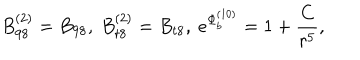
B _ { 9 8 } ^ { ( 2 ) } = B _ { 9 8 } , ~ B _ { t 8 } ^ { ( 2 ) } = B _ { t 8 } , ~ e ^ { { \Phi } _ { b } ^ { ( 1 0 ) } } = { { 1 + { \frac { C } { r ^ { 5 } } } } } ,